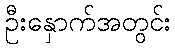
ဦးနှောက်အတွင်း